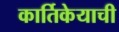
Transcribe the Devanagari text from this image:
कार्तिकेयाची